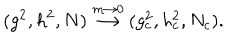
LaTeX: ( g ^ { 2 } , h ^ { 2 } , N ) \stackrel { m \rightarrow 0 } { \longrightarrow } ( g _ { c } ^ { 2 } , h _ { c } ^ { 2 } , N _ { c } ) .